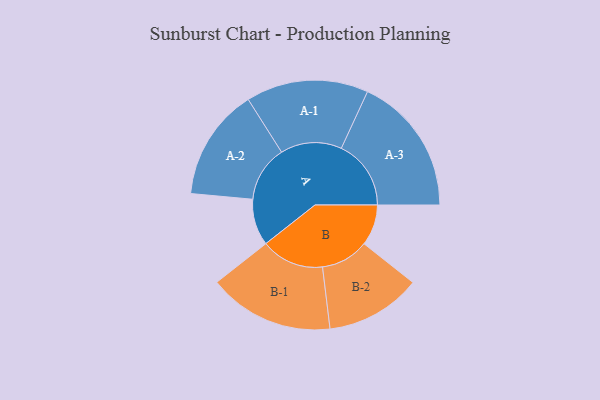
{"axis": {"x": "Segment", "y": "Value"}, "legend": ["", "A", "B"], "data": [{"x": "A", "y": 136, "type": ""}, {"x": "B", "y": 120, "type": ""}, {"x": "A-1", "y": 179, "type": "A"}, {"x": "A-2", "y": 164, "type": "A"}, {"x": "A-3", "y": 204, "type": "A"}, {"x": "B-1", "y": 184, "type": "B"}, {"x": "B-2", "y": 140, "type": "B"}]}